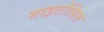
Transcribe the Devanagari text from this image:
माइटोसिस